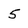
Character: 5